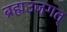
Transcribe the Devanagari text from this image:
ब्रह्मउजगत्